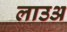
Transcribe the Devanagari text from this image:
लाउअ